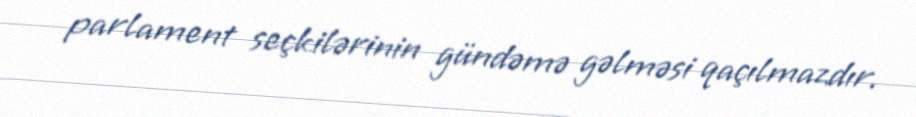
parlament seçkilərinin gündəmə gəlməsi qaçılmazdır.